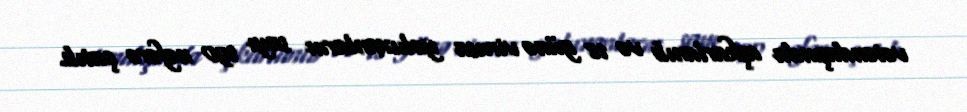
vətəndaşında aşkarlanıb və 18 günə virusa yoluxanların sayı 190 nəfərə çatıb.